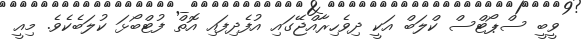
ވީބީ ސްޕޯޓްސް ކްލަބް އަކީ ދިވެހިރާއްޖޭގައި އުފެދިފައި އޮތް ފުޓްބޯޅަ ކުލަބެކެވެ. މިއީ